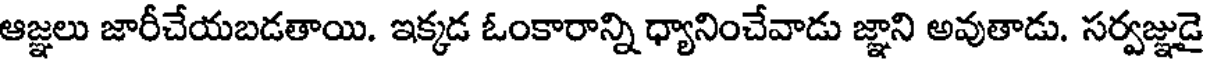
ఆజ్ఞలు జారీచేయబడతాయి. ఇక్కడ ఓంకారాన్ని ధ్యానించేవాడు జ్ఞాని అవుతాడు. సర్వజ్ఞుడై